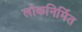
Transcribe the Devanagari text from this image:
लोकनिर्मित